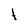
Character: t